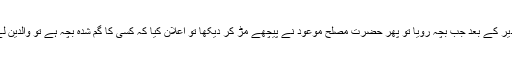
تھوڑی دیر کے بعد جب بچہ رویا تو پھر حضرت مصلح موعودؓ نے پیچھے مڑ کر دیکھا تو اعلان کیا کہ کسی کا گم شدہ بچہ ہے تو والدین لے جائیں۔